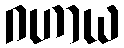
ဂဟာယ